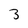
Character: 3